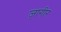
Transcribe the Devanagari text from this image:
ज़ागीर